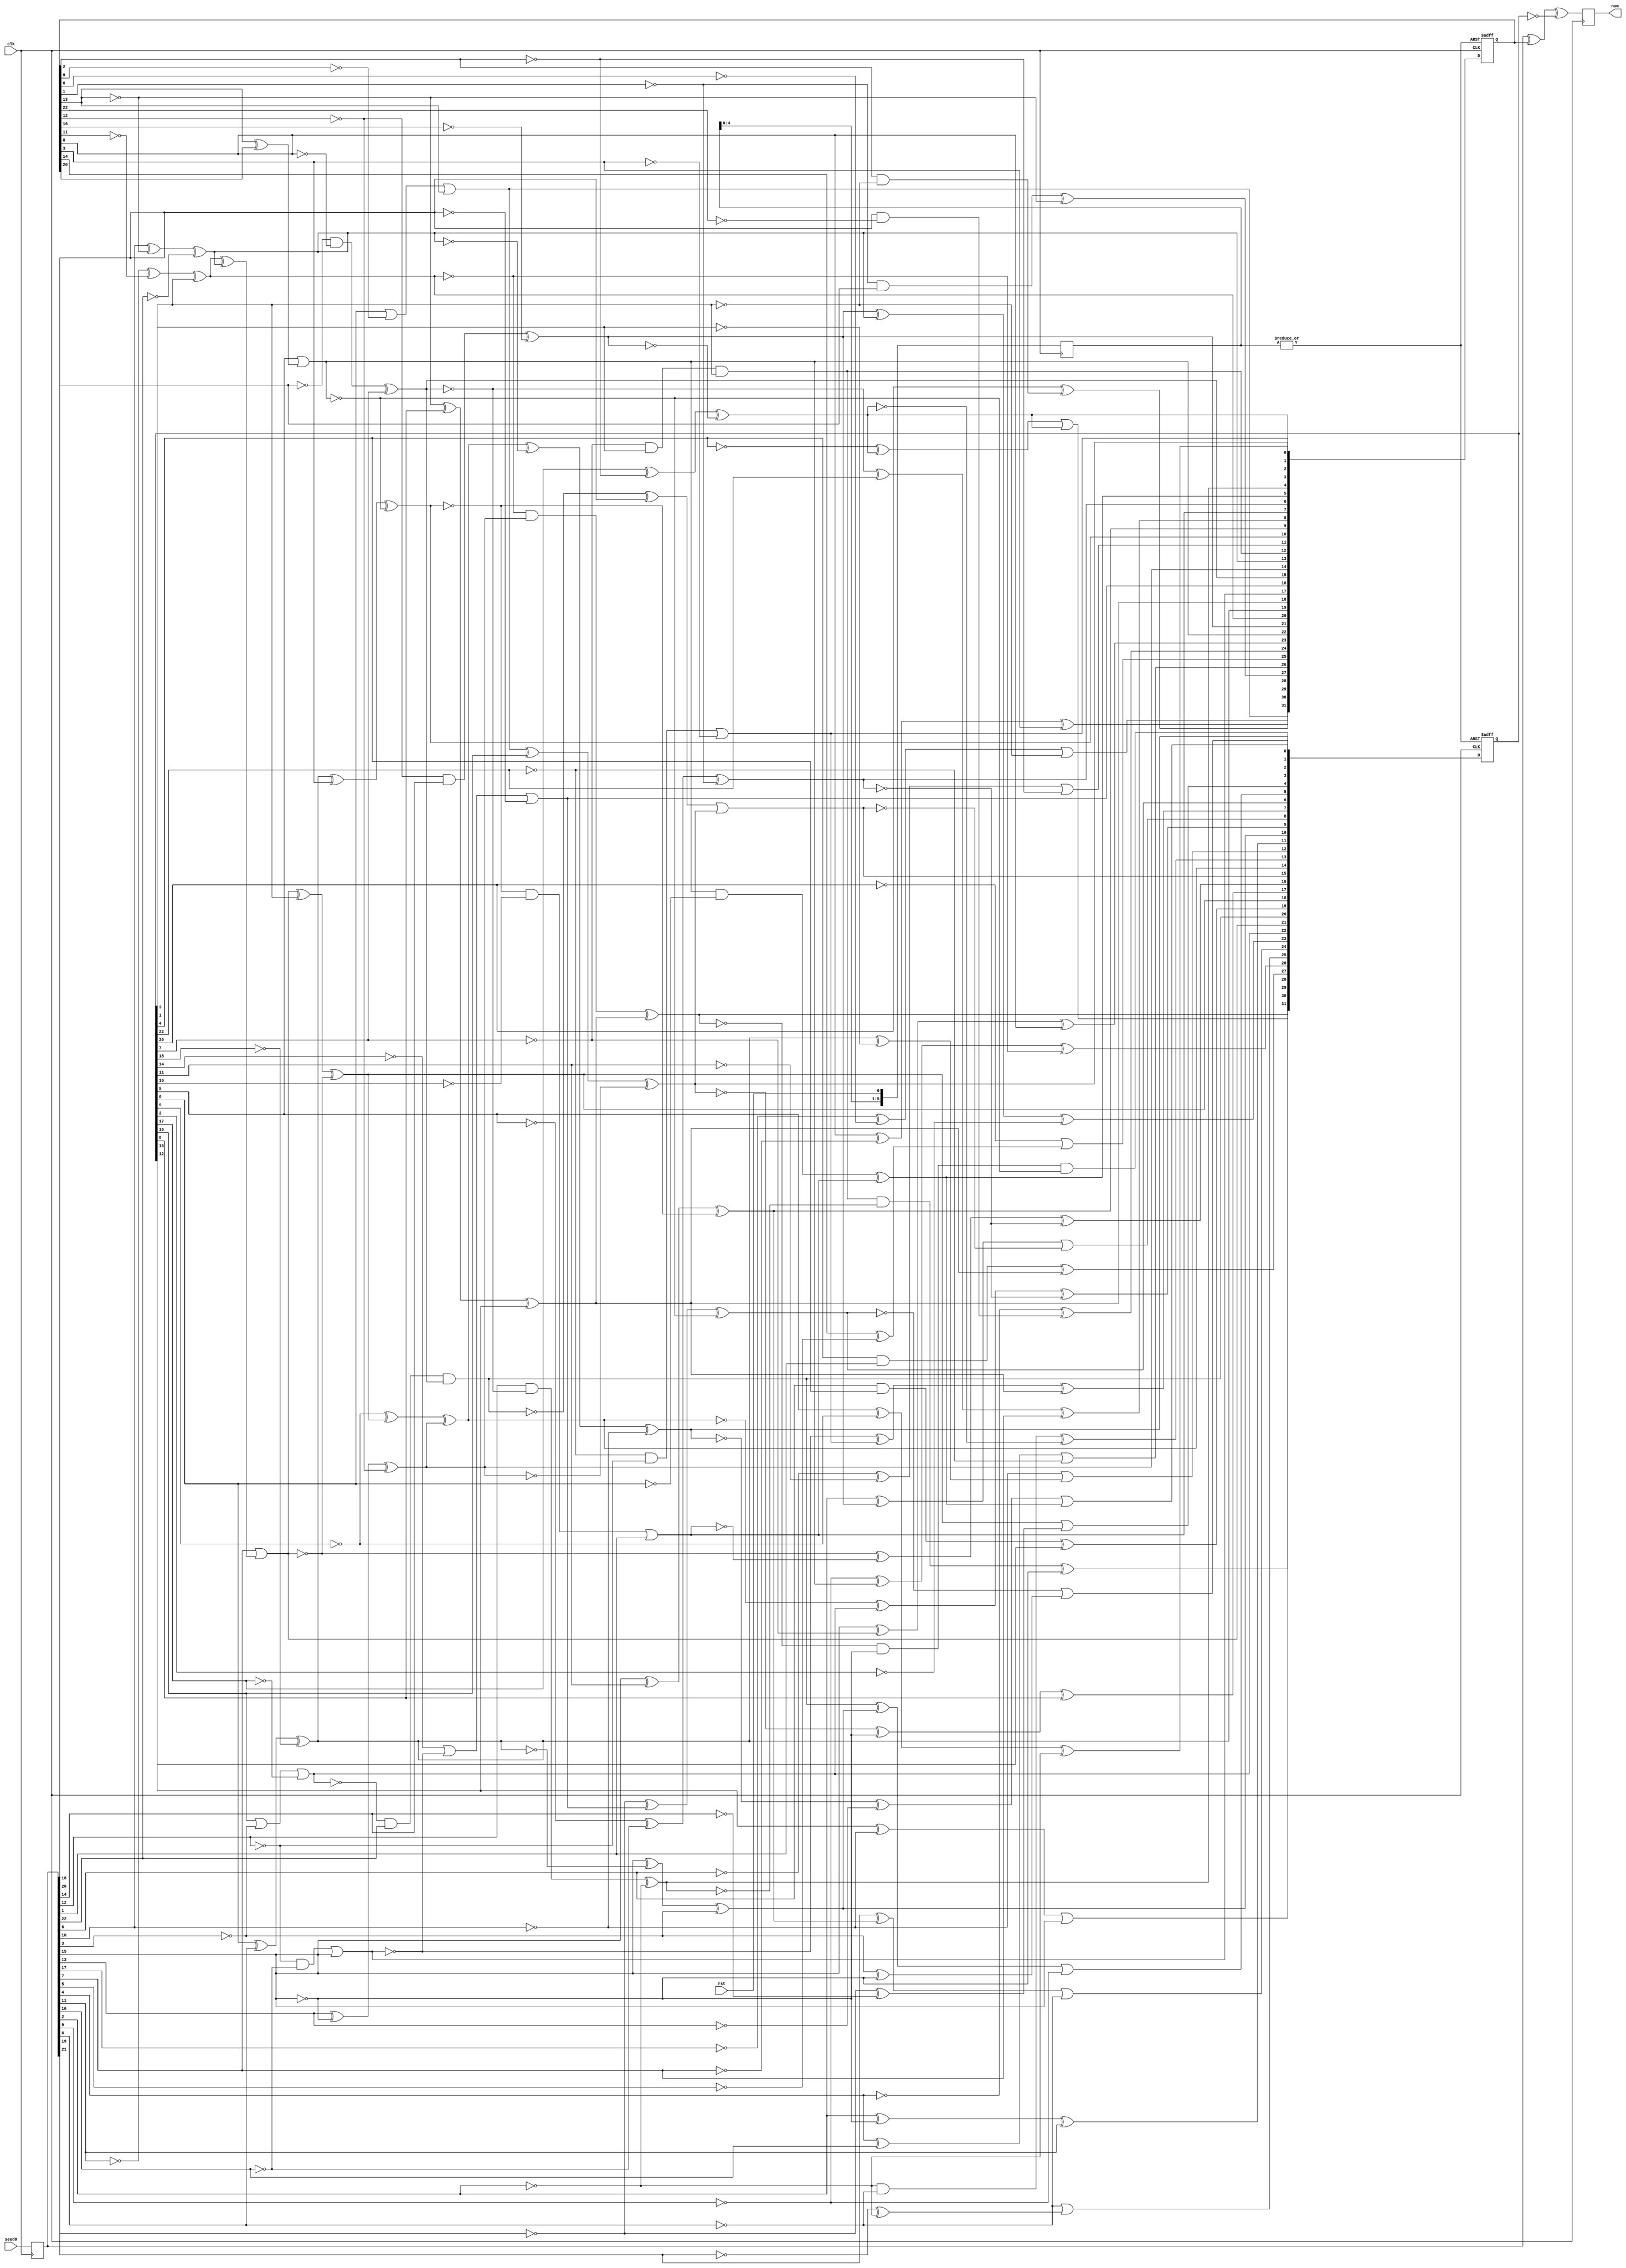
module my_rand(clk,
               rst,
               seed0,
               num
              );

input clk;
input rst;
input [31:0]  seed0;

output [31:0] num;

reg [31:0] num;
reg [31:0] seed;
reg [31:0] seed1,seed2;
reg [5:0]  rst_d;

always @(posedge clk) begin
  rst_d <= {rst_d[4:0], rst};
end

wire rnd_rst = | rst_d ;

always @(posedge clk) begin
      seed <= seed0;
end


always @(posedge clk) begin
    num = seed ^ seed1 ^ ~seed2;
end

always @(posedge clk or posedge rnd_rst) begin
  if(rnd_rst) begin
    seed1 = 32'hab312def;
    seed2 = 32'hcd975130;
  end else begin
	seed1[31] = seed2[00]|  ~seed1[09]| seed1[13];
	seed1[30] =  ~seed[17]^  ~seed1[06]|  ~seed2[01];
	seed1[29] = seed1[08]^  ~seed[07]^ seed1[03];
	seed1[28] = seed2[20]^ seed1[02]&  ~seed2[01];
	seed1[27] =  ~seed1[01]& seed[18]^  ~seed1[13];
	seed1[26] = seed[04]^ seed[16]|  ~seed2[22];
	seed1[25] =  ~seed2[20]| seed1[14]^  ~seed[05];
	seed1[24] =  ~seed[04]^ seed[20]&  ~seed1[22];
	seed1[23] = seed[15]^  ~seed2[07]^ seed1[08];
	seed1[22] = seed2[05]| seed1[13]^ seed1[20];
	seed1[21] =  ~seed1[12]& seed[14]^  ~seed1[16];
	seed1[20] =  ~seed[11]^  ~seed1[11]^ seed2[01];
	seed1[19] = seed2[00]^ seed[08]^  ~seed2[18];
	seed1[18] =  ~seed1[13]^ seed2[08]^ seed2[15];
	seed1[17] =  ~seed[12]&  ~seed[16]| seed[15];
	seed1[16] =  ~seed2[14]|  ~seed1[17]|  ~seed[20];
	seed1[15] =  ~seed[18]&  ~seed1[08]^ seed2[07];
	seed1[14] = seed[13]^  ~seed[15]^  ~seed1[12];
	seed1[13] = seed[10]^  ~seed1[13]^  ~seed[22];
	seed1[12] =  ~seed2[07]& seed2[03]& seed2[01];
	seed1[11] =  ~seed[06]^  ~seed2[11]|  ~seed1[02];
	seed1[10] = seed1[19]^ seed1[03]^  ~seed1[22];
	seed1[09] = seed[15]^ seed2[11]^  ~seed1[10];
	seed1[08] =  ~seed1[15]^ seed2[22]^ seed[07];
	seed1[07] =  ~seed1[10]&  ~seed2[10]| seed[01];
	seed1[06] =  ~seed2[05]^  ~seed[16]^  ~seed1[01];
	seed1[05] = seed1[22]&  ~seed2[00]^ seed1[07];
	seed1[04] = seed[12]&  ~seed1[15]^  ~seed[02];
	seed1[03] =  ~seed2[22]&  ~seed[12]|  ~seed1[03];
	seed1[02] = seed2[17]^  ~seed1[02]^  ~seed1[21];
	seed1[01] = seed2[05]^  ~seed2[09]^  ~seed[02];
	seed1[00] = seed1[31] ^ seed2[16]^  ~seed1[14];


	seed2[31] =  ~seed1[20]& seed1[14]^ seed1[18];
	seed2[30] = seed1[12]&  ~seed1[04]^  ~seed[15];
	seed2[29] =  ~seed2[04]^ seed1[02]| seed1[02];
	seed2[28] = seed2[15]^  ~seed[10]| seed[15];
	seed2[27] = seed2[04]& seed[01]^ seed1[18];
	seed2[26] =  ~seed[09]^ seed1[22]^  ~seed1[20];
	seed2[25] =  ~seed[08]|  ~seed[19]^  ~seed[02];
	seed2[24] = seed[19]^ seed1[09]|  ~seed[08];
	seed2[23] = seed1[21]^ seed1[13]^  ~seed2[02];
	seed2[22] = seed2[16]|  ~seed[03]|  ~seed2[17];
	seed2[21] = seed[07]| seed1[20]^ seed1[13];
	seed2[20] =  ~seed2[22]& seed[22]& seed1[15];
	seed2[19] = seed[06]& seed2[04]^ seed2[12];
	seed2[18] = seed2[21]^ seed2[01]^  ~seed2[21];
	seed2[17] =  ~seed1[00]^  ~seed[15]^ seed2[08];
	seed2[16] =  ~seed2[21]^  ~seed1[07]^  ~seed1[06];
	seed2[15] =  ~seed2[20]^ seed[20]| seed1[00];
	seed2[14] =  ~seed2[09]^ seed2[18]^ seed1[14];
	seed2[13] =  ~seed[02]&  ~seed[08]^  ~seed1[02];
	seed2[12] =  ~seed[10]| seed1[19]^  ~seed2[03];
	seed2[11] = seed[02]^  ~seed[15]^ seed[11];
	seed2[10] = seed[15]^  ~seed1[19]^  ~seed[03];
	seed2[09] =  ~seed2[14]^ seed2[22]^  ~seed1[06];
	seed2[08] = seed[02]^ seed1[21]|  ~seed2[15];
	seed2[07] =  ~seed1[17]^ seed1[03]^ seed1[18];
	seed2[06] =  ~seed[21]^ seed1[16]^  ~seed1[22];
	seed2[05] = seed2[20]^ seed2[10]|  ~seed[09];
	seed2[04] = seed2[18]|  ~seed[21]^  ~seed[14];
	seed2[03] = seed2[14]^  ~seed1[13]^  ~seed[10];
	seed2[02] =  ~seed2[06]|  ~seed[03]^  ~seed[15];
	seed2[01] =  ~seed2[03]^  ~seed[13]| seed1[05];
	seed2[00] =  ~seed2[31] &  ~seed[15]&  ~seed1[22];



  end
end
endmodule